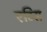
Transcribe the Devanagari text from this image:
एटिस